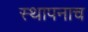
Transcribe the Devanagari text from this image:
स्थापनाच